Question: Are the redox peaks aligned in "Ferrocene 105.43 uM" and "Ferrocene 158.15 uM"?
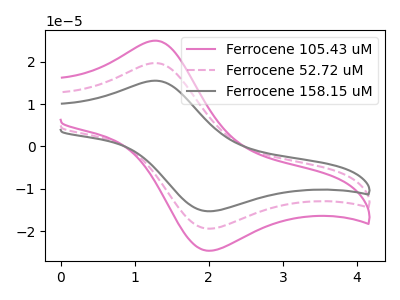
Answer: <think>The pink curve "Ferrocene 105.43 uM" has an anodic peak at (1.30V, 24.95uA) and a cathodic peak at (1.95V, -24.55uA). The pink dashed curve "Ferrocene 52.72 uM" has an anodic peak at (1.30V, 19.65uA) and a cathodic peak at (1.95V, -19.35uA). The gray curve "Ferrocene 158.15 uM" has an anodic peak at (1.30V, 39.30uA) and a cathodic peak at (1.95V, -38.75uA).</think>
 <answer>Yes, "Ferrocene 105.43 uM" have a peak in "Ferrocene 158.15 uM" at the same potential.</answer>
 <eval>match</eval>